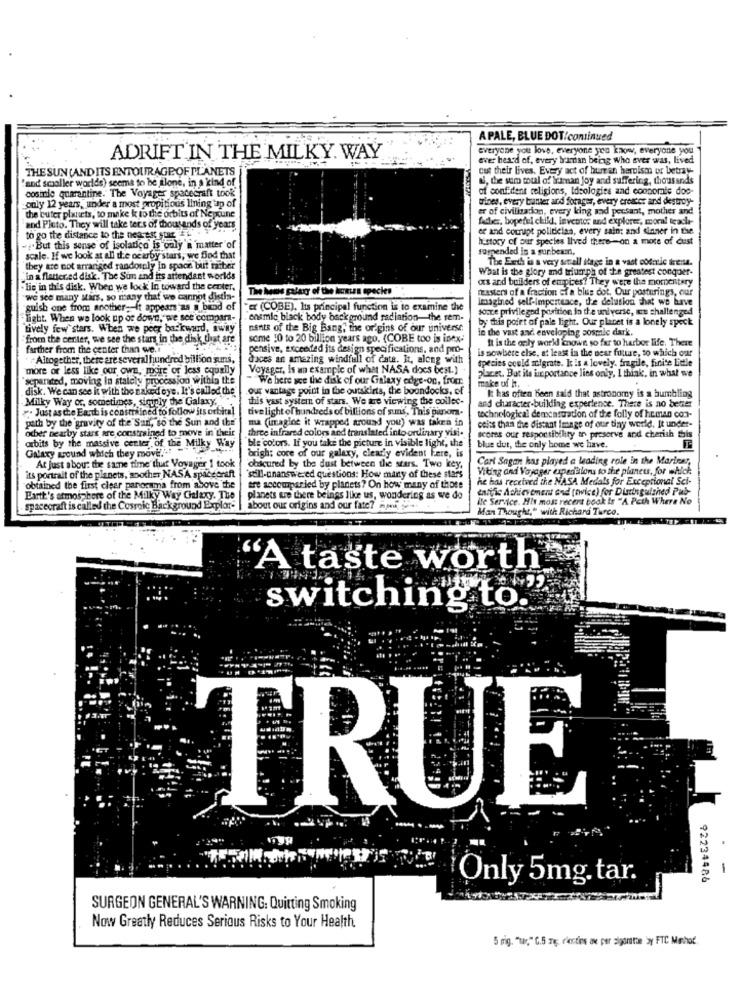
APALE, BLUE DOT/continued
everyone you love, everyone ya know, everyone you
ADRIFT IN THE MILKY WAY
ever heard of, every human being who ever was, lived
THE SUN (AND ITS ENTOURAGE OF PLANETS
cut their lives. Every act of human heroism or betray-
'and smaller worlds) seems to be alone, in s kind of
al, the sum moul of Wriman joy and suffering, thousands
costilo quarantine. The Voyager spacecraft took
of confident religions, Ideologies and cooperate doo-
trines, every butter and forages, every crescer and destroy.
only 12 years, under'a most propitious lining up of
er of civilization, every king and pensant, mother and
the buter planets, to make it to the orbits of Neptune
Adcz, bopedei child, leventos and explorer, moral teacla-
and Pluto. They will take ters of thousands of years
to go the distance to the nearest star
er and corrupt politiclas, every saint and dinner in the
history of our species lived there-on a mote of dust
But this sense of isolatico is only a matter of
rompended in a sunbeam,
scale. If we look at all the ocarby'stars, we find that
The Erth is a very senall stage in a vast cosmic irense.
they are not arranged randomly in space but miber
What is the glory and triumph of the greatest conquer-
"in a flattered disk. The Sun and its attendant worlds
xs and builders of empires? They were the momentary
.lie in this disk. When we lock In toward the center,
tasters of a fraction of a bius dot, Our posturings, our
we see many stars, so many that we cannot distia-
imagined self-imperteace, the delusion that we have
"guish one from another -- it appears as a band of
" (COBE), Its principal function is to examine the
toute privileged parition in the universe, un challenged
light. When we look up or down, we see compara-
ensmic black body background radiation-the rem-
by this point of pale light. Our placet is a lonely speck
tively few stars. When we peer backward, away
nants of the Big Bang, the origins of our universe
in the vast and enveloping cosmic dark.
from the center, we see the stars in the disk that are
some 10 to 20 billion years ago. (COBE too is inex-
It is the only world nowe so far to harbor life. There
farther from the center than we.
pensive, exceeded its design specifications, and pro-
is sowhere else, at least in the near future, to which our
+Altogether, there are several hundred billion suns,
daces an amazing windfull of cate. It, along with
species could malgrate. It is a lovely. fragile, finite Little
more or less like Our own, more or less equally
Voyager, Is an example of what NASA docs best.)
placet, But its importance lies only, I think, in what we
separated, moving In staloly procession within the
We here see the disk of our Galaxy edge-on, from
disk. We can see it with the naked eye. It's called the'
our vantage point in the outskirts, the boondocks, of
make of h.
Milky Way or, sometimes, siruply the Galaxy,
this vast system of stars. We are viewing the collec-
It has often been said that astronomy is a humbling
and character-building experience. There is no berer
". Just as the Earth is constrained to follow its orbital
tive light of hundreds of billions of suns. This pinora-
technological demcastration of the folly of human con-
path by the gravity of the Sun, so the Sun and the
ma (imagine it wrapped around you) was taken in
other nearby stars are constrained to move in their
three infrared colors and translated into ordinary visi.
beiss than the distant Image of our tiny world. It under-
ble colors. If you take the picture in visible light, the
scores our responsibility to preserve and cherish this
orbits by the massive center of the Milky Way
Galaxy around which they move
brigh: core of our galaxy, clearly evident Fere, is
blue dut, the only home we have.
Carl Sagan has played a leading role in the Mariesr,
its portrait of the planets, soother NASA spacecraft
At just about the same time thur Voyager 1 took
obicured by the dust between the stars. Two key,
Viting and Voyager expediallons to the planets, for which
"sell-unanswered questions: How many of these stars
he has received the NASA Medals for Exceptional Sci-
obtained the first cleer panorama from above the
are accompanied by planets? On how many of those
enrific Achievement End (twice) for Distinguished Pub-
Earth's atmosphere of the Milky Way Galaxy. The
planets are there beings like us, wondering as we do
Ile Service. His most recent book is "A Path Where No
spacecraft is called the Cosmic Background Explor-
about our origins and our fate? mper
Man Thought," with Richard Turco.
"A taste worth
switching to."
TRUE
-
92234486
Only 5mg. tar.
SURGEON GENERAL'S WARNING: Quitting Smoking
Now Greatly Reduces Serious Risks to Your Health
5 mig. "tar," C.S Te; riectips ane per sigaritie by FTC Mehot.